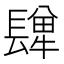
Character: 𨲥